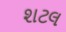
શટલ